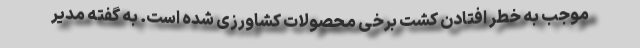
موجب به خطر افتادن کشت برخی محصولات کشاورزی شده است. به گفته مدیر